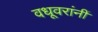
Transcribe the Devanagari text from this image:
वधूवरांनीं